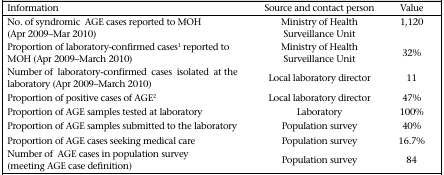
| Information | Source and contact person | Value |
 | --- | --- | --- |
 | No. of syndromic AGE cases reported to MOH (Apr 2009–Mar 2010) | Ministry of Health Surveillance Unit | 1,120 |
 | Proportion of laboratory-confirmed cases1 reported to MOH (Apr 2009–March 2010) | Ministry of Health Surveillance Unit | 32% |
 | Number of laboratory-confirmed cases isolated at the laboratory (Apr 2009–March 2010) | Local laboratory director | 11 |
 | Proportion of positive cases of AGE2 | Local laboratory director | 47% |
 | Proportion of AGE samples tested at laboratory | Laboratory | 100% |
 | Proportion of AGE samples submitted to the laboratory | Population survey | 40% |
 | Proportion of AGE cases seeking medical care | Population survey | 16.7% |
 | Number of AGE cases in population survey (meeting AGE case definition) | Population survey | 84 |